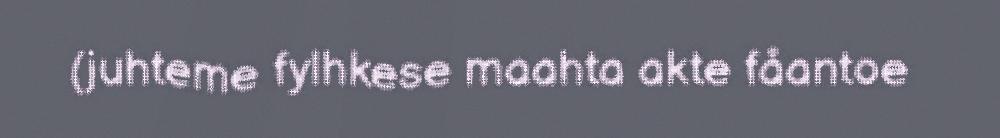
(juhteme fylhkese maahta akte fåantoe